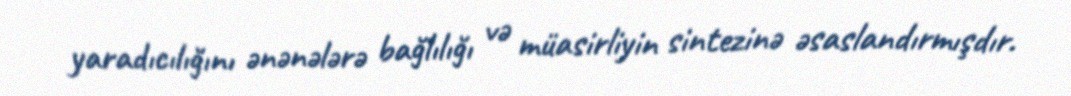
yaradıcılığını ənənələrə bağlılığı və müasirliyin sintezinə əsaslandırmışdır.